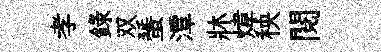
孝録双蜑潭牀煒秧閱